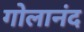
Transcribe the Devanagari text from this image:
गोलानंद